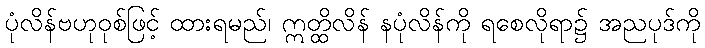
ပုံလိန်ဗဟုဝုစ်ဖြင့် ထားရမည်၊ ဣတ္ထိလိန် နပုံလိန်ကို ရစေလိုရာ၌ အညပုဒ်ကို